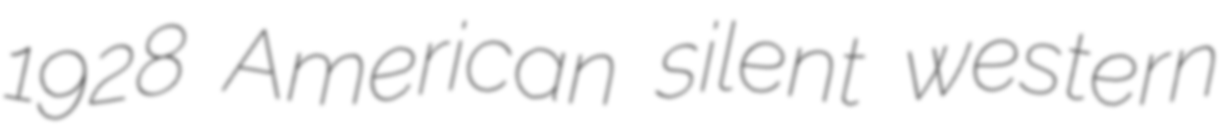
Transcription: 1928 American silent western